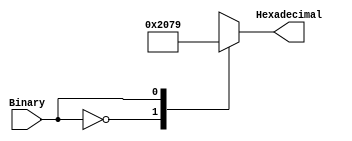
//Objective:
//Create a binary to hexadecimal converter to display on the seven segment display
`timescale 1ns / 1ps
module SevenSeg(Binary,Hexadecimal);
    input Binary;//Binary result from the J-K Flip FLop
    output reg [6:0] Hexadecimal;

always @ (Binary)//Process binary input
    case(Binary)//Case statement with binary input
        1'b0 : Hexadecimal = 7'b1000000;//0
        1'b1 : Hexadecimal = 7'b1111001;//1 
    endcase
endmodule